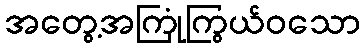
အတွေ့အကြုံကြွယ်ဝသော